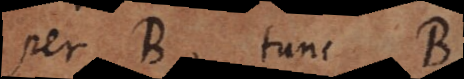
per B, tunc B